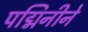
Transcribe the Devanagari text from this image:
पद्मिनीने